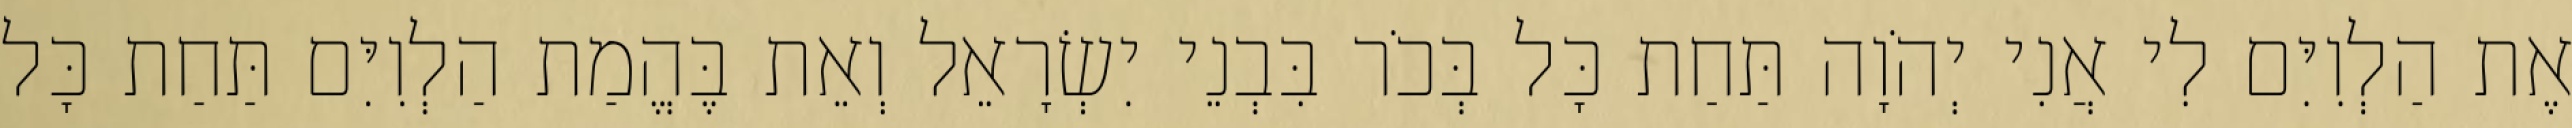
אֶת הַלְוִיִּם לִי אֲנִי יְהֹוָה תַּחַת כָּל בְּכֹר בִּבְנֵי יִשְׂרָאֵל וְאֵת בֶּהֱמַת הַלְוִיִּם תַּחַת כָּל